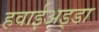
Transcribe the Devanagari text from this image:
हवाईअड्‍डा